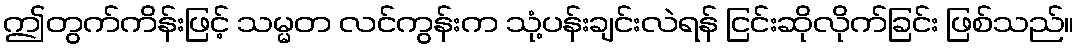
ဤတွက်ကိန်းဖြင့် သမ္မတ လင်ကွန်းက သုံ့ပန်းချင်းလဲရန် ငြင်းဆိုလိုက်ခြင်း ဖြစ်သည်။